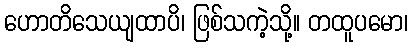
ဟောတိသေယျထာပိ၊ ဖြစ်သကဲ့သို့။ တထူပမော၊